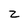
Character: Z